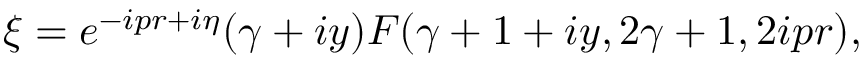
\xi = e ^ { - i p r + i \eta } ( \gamma + i y ) F ( \gamma + 1 + i y , 2 \gamma + 1 , 2 i p r ) ,